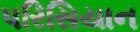
પરિસિયાન